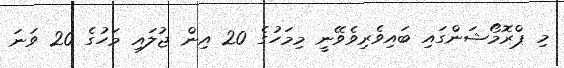
މި ޕްރޮމޯޝަންގައި ބައިވެރިވެވޭނީ މިމަހުގެ 20 އިން ޖުލައި މަހުގެ 20 ވަނަ